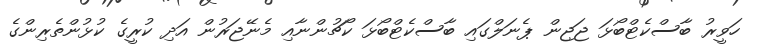
ހަވީރު ބާސްކެޓްބޯޅަ ޖަޖިން ޕެނަލްގައި ބާސްކެޓްބޯޅަ ކޯޗުންނާއި މެނޭޖަރުން އަދި ކުރީގެ ކުޅުންތެރިންގެ